Leaving Certificate Examination, 1910
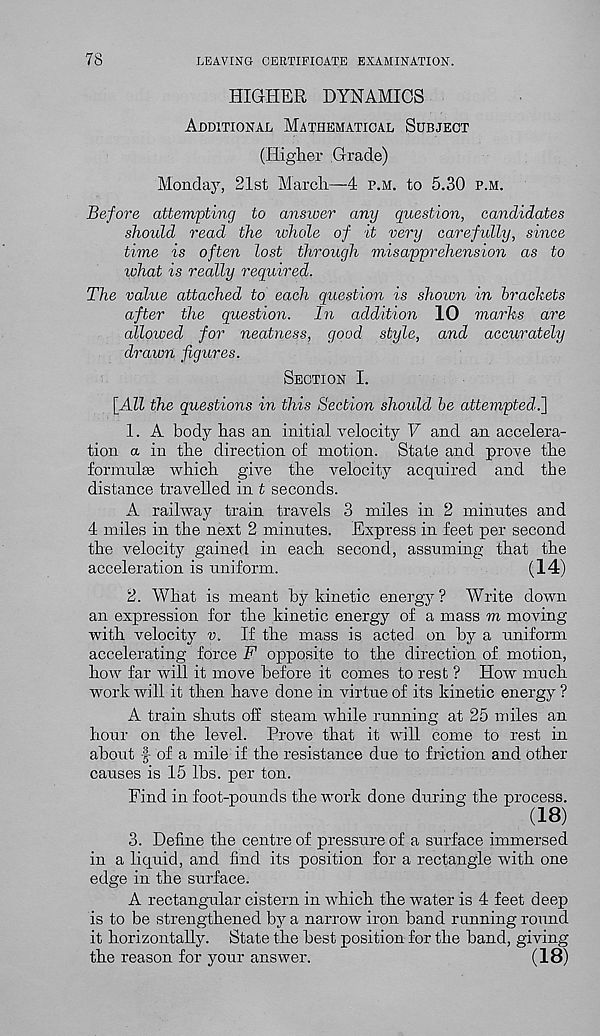
78
LEAVING CERTIFICATE EXAMINATION.
HIGHER DYNAMICS
Additional Mathematical Subject
(Higher Grade)
Monday, 21st March—4 p.m. to 5.30 p.m.
Before attempting to answer any question, candidates
should read the whole of it very carefidly, since
time is often lost through misapprehension as to
what is really required.
The value attached to each question is shown in brackets
after the question. In addition 10 marks are
allowed for neatness, good style, and accurately
drawn figures.
Section I.
[All the questions in this Section should be attempted.]
1. A body bas an initial velocity V and an accelera-
tion a in the direction of motion. State and prove the
formulae which give the velocity acquired and the
distance travelled in t seconds.
A railway train travels 3 miles in 2 minutes and
4 miles in the next 2 minutes. Express in feet per second
the velocity gained in each second, assuming that the
acceleration is uniform.
(14)
2. What is meant by kinetic energy? Write down
an expression for the kinetic energy of a mass m moving
with velocity v. If the mass is acted on by a uniform
accelerating force F opposite to the direction of motion,
how far will it move before it comes to rest ? How much
work will it then have done in virtue of its kinetic energy ?
A train shuts off steam while running at 25 miles an
hour on the level. Prove that it will come to rest in
about f of a mile if the resistance due to friction and other
causes is 15 lbs. per ton.
Find in foot-pounds the work done during the process.
(18)
3. Define the centre of pressure of a surface immersed
in a liquid, and find its position for a rectangle with one
edge in the surface.
A rectangular cistern in which the water is 4 feet deep
is to be strengthened by a narrow iron band running round
it horizontally. State the best position for the band, giving
the reason for your answer.
(18)